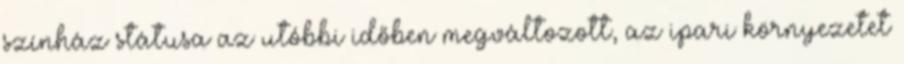
színház státusa az utóbbi időben megváltozott, az ipari környezetet